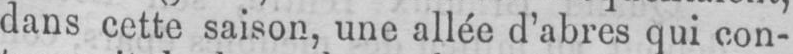
dans cette saison, une allée d’abres qui con-